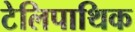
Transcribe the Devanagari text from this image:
टेलिपाथिक